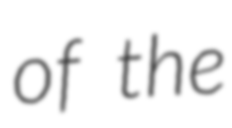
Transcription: of the